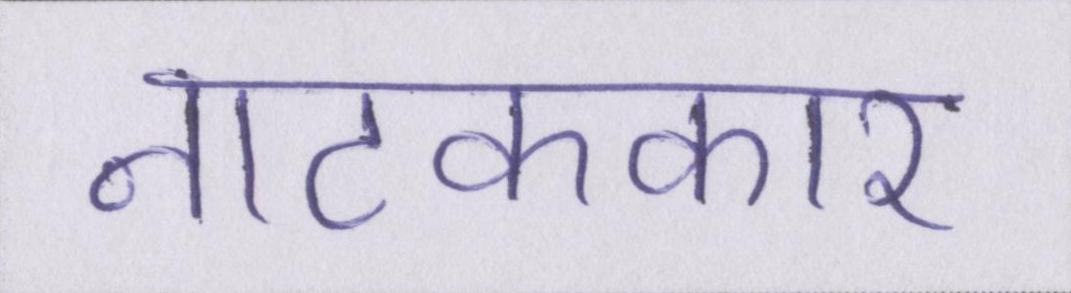
नाटककार